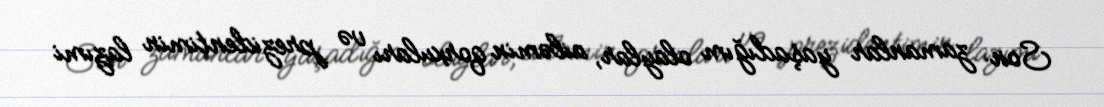
Son zamanlar yaşadığım olaylar, ailəmin qorxuları və prezidentimin lazımi